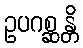
ဥပဂစ္ဆန္တိ